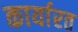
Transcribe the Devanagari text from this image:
कार्यारत